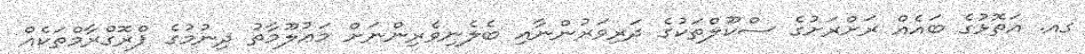
ގއ. އަތޮޅުގެ ބައެއް ރަށްރަށުގެ ސްކޫލްތަކުގެ ދަރިވަރުންނާއި ބެލެނިވެރިންނަށް މަޢުލޫމާތު ދިނުމުގެ ޕްރޮގްރާމްތަކެއް